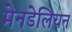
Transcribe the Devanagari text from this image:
मेनडेलियन